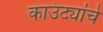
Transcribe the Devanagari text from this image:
काउंट्यांचे